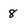
Character: 8